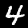
Label: 4